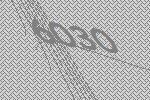
6030